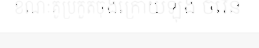
ខណៈគូប្រកួតចុងក្រោយឡុង ចំរើន